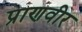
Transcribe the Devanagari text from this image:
प्राणवीर